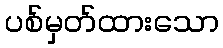
ပစ်မှတ်ထားသော